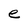
Character: e